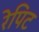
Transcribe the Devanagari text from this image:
रेपिट